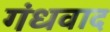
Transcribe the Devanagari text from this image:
गंधवाद